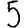
Digit: 5